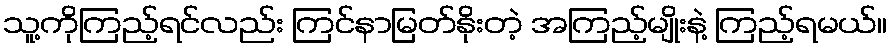
သူ့ကိုကြည့်ရင်လည်း ကြင်နာမြတ်နိုးတဲ့ အကြည့်မျိုးနဲ့ ကြည့်ရမယ်။